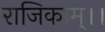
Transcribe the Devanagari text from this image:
राजिकाम्।।